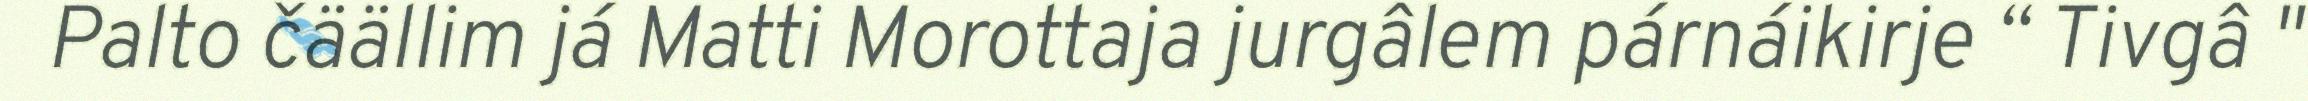
Palto čäällim já Matti Morottaja jurgâlem párnáikirje “ Tivgâ "